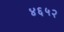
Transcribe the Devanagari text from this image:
४६५२